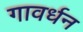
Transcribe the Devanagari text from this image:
गावर्धन